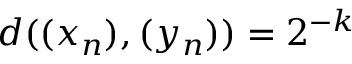
d ( ( x _ { n } ) , ( y _ { n } ) ) = 2 ^ { - k }